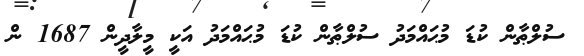
ސުލްޠާން ކުޑަ މުޙައްމަދު ސުލްޠާން ކުޑަ މުޙައްމަދު އަކީ މީލާދީން 1687 ން